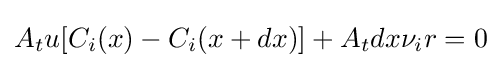
A_{t}u[C_{i}(x)-C_{i}(x+dx)]+A_{t}dx\nu _{i}r=0